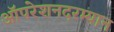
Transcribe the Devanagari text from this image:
ऑपरेशनदरम्यान